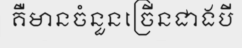
គឺមានចំនួនច្រើនជាងបី